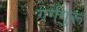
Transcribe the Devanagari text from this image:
गर्गगुरू